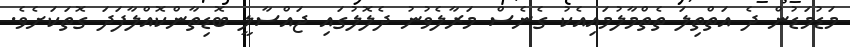
މަޑުމަޑުން ދެ އަތްތިލަ ތެތްމާލުމައިއެކު ގެނެސް މަރާލެވުނު ދެލޮލުގައި ޖައްސާލީ ބޮޑިތާންކޮއްލާފަދަ ގޮތަކަށެވެ.